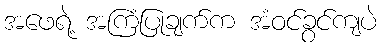
အဖေရဲ့ အကြံပြုချက်က အံဝင်ခွင်ကျပဲ